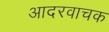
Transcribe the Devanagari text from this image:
आदरवाचक